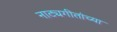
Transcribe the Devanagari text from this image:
नाट्यगीतांच्या